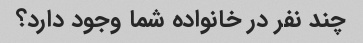
چند نفر در خانواده شما وجود دارد؟